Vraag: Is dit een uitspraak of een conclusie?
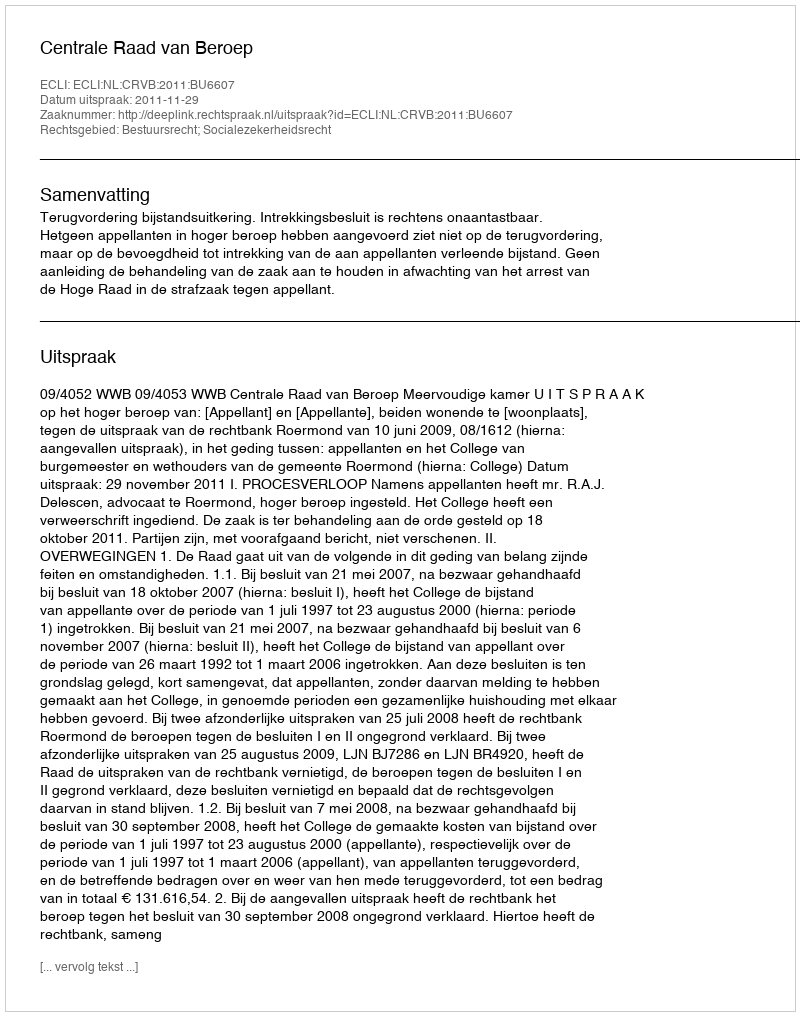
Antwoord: Uitspraak